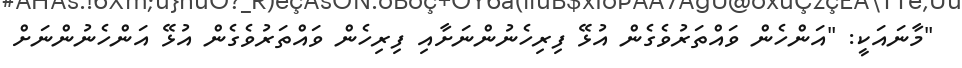
"މާނައަކީ: "އަންހެން ވައްތަރުވެގެން އުޅޭ ފިރިހެނުންނަށާއި ފިރިހެން ވައްތަރުވެގެން އުޅޭ އަންހެނުންނަށް